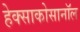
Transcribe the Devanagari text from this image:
हेक्साकोसानॉल